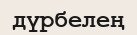
дүрбелең